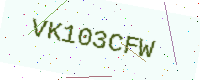
Text: VK103CFW